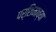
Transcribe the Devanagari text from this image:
पर्शिमाच्या